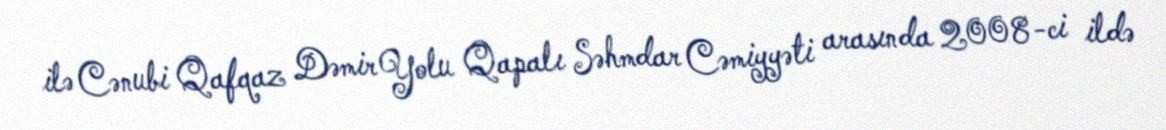
ilə Cənubi Qafqaz Dəmir Yolu Qapalı Səhmdar Cəmiyyəti arasında 2008-ci ildə